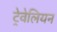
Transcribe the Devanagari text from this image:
ट्रेवेलियन